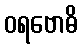
ဝရဗောဓိ